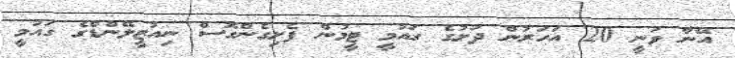
އޭނާ ވަނީ 20 އަހަރުން ދަށުގެ ގައުމީ ޓީމުން ފެށިގެންގޮސް ނިއުޒީލޭންޑްގެ ގައުމީ